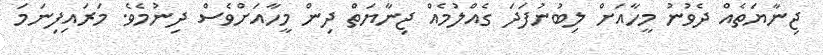
ޖިނާޔަތެއް ދެވުނު މީހާއަށް ލިބުނުފަދަ ގެއްލުމެއް ޖިނާޔަތް ދިން މީހާއަށްވެސް ދިނުމެވެ. މަރައިފިނަމަ